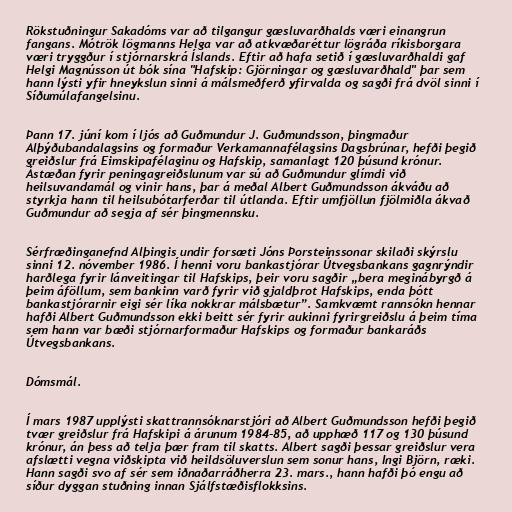
Rökstuðningur Sakadóms var að tilgangur gæsluvarðhalds væri einangrun
fangans. Mótrök lögmanns Helga var að atkvæðaréttur lögráða ríkisborgara
væri tryggður í stjórnarskrá Íslands. Eftir að hafa setið í gæsluvarðhaldi gaf
Helgi Magnússon út bók sína "Hafskip: Gjörningar og gæsluvarðhald" þar sem
hann lýsti yfir hneykslun sinni á málsmeðferð yfirvalda og sagði frá dvöl sinni í
Síðumúlafangelsinu.

Þann 17. júní kom í ljós að Guðmundur J. Guðmundsson, þingmaður
Alþýðubandalagsins og formaður Verkamannafélagsins Dagsbrúnar, hefði þegið
greiðslur frá Eimskipafélaginu og Hafskip, samanlagt 120 þúsund krónur.
Ástæðan fyrir peningagreiðslunum var sú að Guðmundur glímdi við
heilsuvandamál og vinir hans, þar á meðal Albert Guðmundsson ákváðu að
styrkja hann til heilsubótarferðar til útlanda. Eftir umfjöllun fjölmiðla ákvað
Guðmundur að segja af sér þingmennsku.

Sérfræðinganefnd Alþingis undir forsæti Jóns Þorsteinssonar skilaði skýrslu
sinni 12. nóvember 1986. Í henni voru bankastjórar Útvegsbankans gagnrýndir
harðlega fyrir lánveitingar til Hafskips, þeir voru sagðir „bera meginábyrgð á
þeim áföllum, sem bankinn varð fyrir við gjaldþrot Hafskips, enda þótt
bankastjórarnir eigi sér líka nokkrar málsbætur”. Samkvæmt rannsókn hennar
hafði Albert Guðmundsson ekki beitt sér fyrir aukinni fyrirgreiðslu á þeim tíma
sem hann var bæði stjórnarformaður Hafskips og formaður bankaráðs
Útvegsbankans.

Dómsmál.

Í mars 1987 upplýsti skattrannsóknarstjóri að Albert Guðmundsson hefði þegið
tvær greiðslur frá Hafskipi á árunum 1984-85, að upphæð 117 og 130 þúsund
krónur, án þess að telja þær fram til skatts. Albert sagði þessar greiðslur vera
afslætti vegna viðskipta við heildsöluverslun sem sonur hans, Ingi Björn, ræki.
Hann sagði svo af sér sem iðnaðarráðherra 23. mars., hann hafði þó engu að
síður dyggan stuðning innan Sjálfstæðisflokksins.